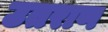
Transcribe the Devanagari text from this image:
उतराण